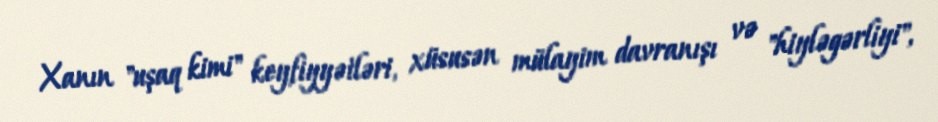
Xanın "uşaq kimi" keyfiyyətləri, xüsusən mülayim davranışı və "hiyləgərliyi",